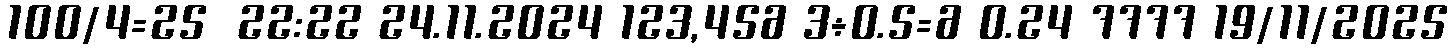
100/4=25  22:22 24.11.2024 123,456 3÷0.5=6 0.24 7777 19/11/2025